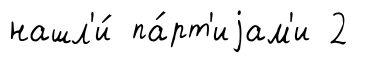
нашл'и́ па́рт'иjам'и 2